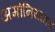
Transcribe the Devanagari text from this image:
अमोनियामय